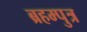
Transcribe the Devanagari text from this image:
ब्रहम्पुत्र